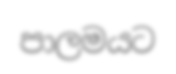
පාලමයට